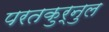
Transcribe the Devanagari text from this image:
परतकुर्नुल